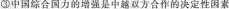
③中国综合国力的增强是越双方合作的决定性因素